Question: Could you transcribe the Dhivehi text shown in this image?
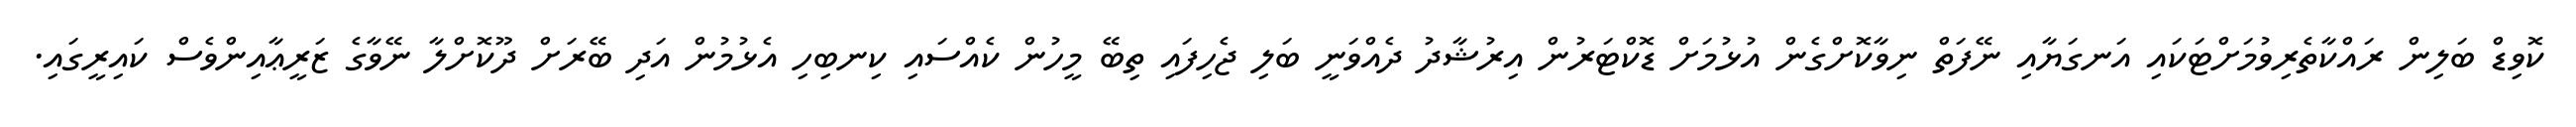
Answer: ކޮވިޑް ބަލިން ރައްކާތެރިވުމަށްޓަކައި އަނގަޔާއި ނޭފަތް ނިވާކޮށްގެން އުޅުމަށް ޑޮކްޓަރުން އިރުޝާދު ދެއްވަނީ ބަލި ޖެހިފައި ތިބޭ މީހުން ކެއްސައި ކިނބިހި އެޅުމުން އަދި ބޭރަށް ދޫކޮށްލާ ނޭވާގެ ޒަރީޢާއިންވެސް ކައިރީގައި.